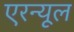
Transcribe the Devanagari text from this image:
एरन्‍यूल